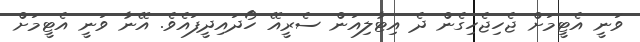
ވަނީ އެޓީމަށް ޖެހިޖެހިގެން ދެ އިޓާލިއަން ސެރީއޭ ހޯދައިދީފައެވެ. އޭނާ ވަނީ އެޓީމަށް